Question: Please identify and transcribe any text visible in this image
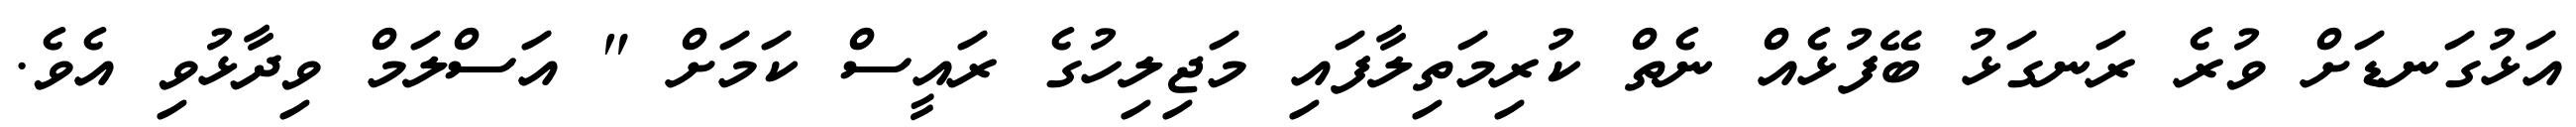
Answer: އަޅުގަނޑަށް ވުރެ ރަނގަޅު ބޭފުޅެއް ނެތް ކުރިމަތިލާފައި މަޖިލިހުގެ ރައީސް ކަމަށް " އަސްލަމް ވިދާޅުވި އެވެ.